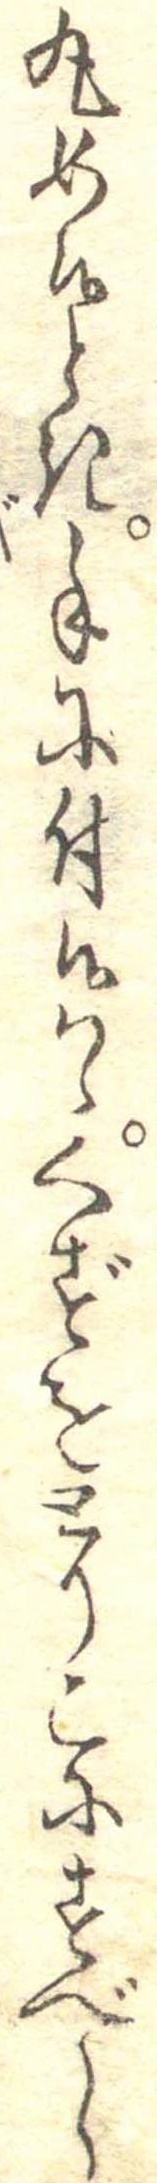
丸め候とき手に付候はゝくずをとりこにすべし